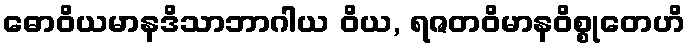
ဓောဝိယမာနဒိသာဘာဂါယ ဝိယ, ရဇတဝိမာနဝိစ္စုတေဟိ